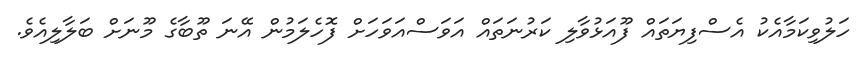
ހަލުވިކަމާއެކު އެސްފިޔަތައް ފޫއަޅުވާލި ކަރުނަތައް އަވަސްއަވަހަށް ފޮހެލަމުން އޭނަ ތޫބާގެ މޫނަށް ބަލާލިއެވެ.